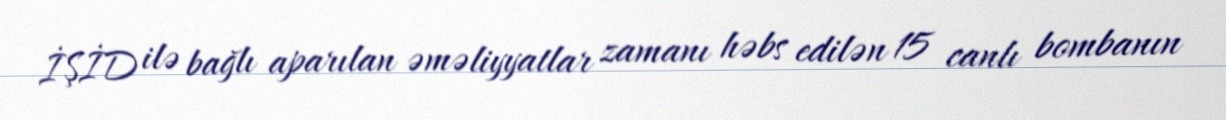
İŞİD ilə bağlı aparılan əməliyyatlar zamanı həbs edilən 15 canlı bombanın